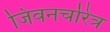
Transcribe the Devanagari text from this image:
जिवनचरित्र